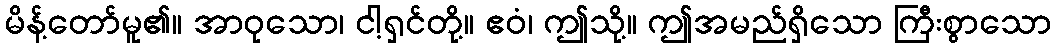
မိန့်တော်မူ၏။ အာဝုသော၊ ငါ့ရှင်တို့။ ဧဝံ၊ ဤသို့။ ဤအမည်ရှိသော ကြီးစွာသော